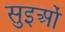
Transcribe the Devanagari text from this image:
सुइओं